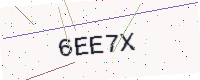
Text: 6EE7X